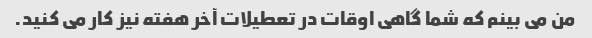
من می بینم که شما گاهی اوقات در تعطیلات آخر هفته نیز کار می کنید.